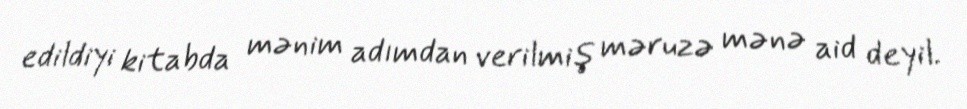
edildiyi kitabda mənim adımdan verilmiş məruzə mənə aid deyil.